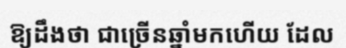
ឱ្យដឹងថា ជាច្រើនឆ្នាំមកហើយ ដែល